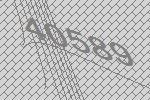
40589